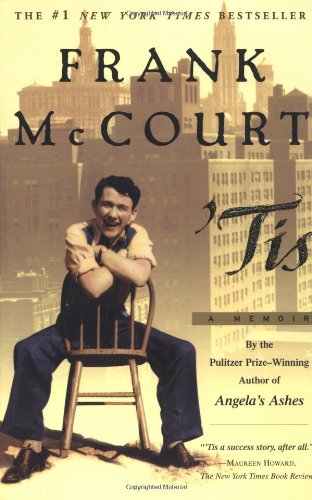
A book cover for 'Tis: A Memoir; Frank McCourt; Literature & Fiction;